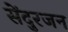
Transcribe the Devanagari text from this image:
सेंदुरजन